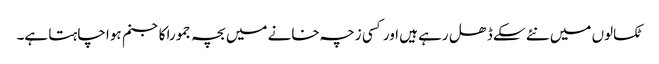
ٹکسالوں میں نئے سکے ڈھل رہے ہیں اور کسی زچہ خانے میں بچہ جمورا کاجنم ہوا چاہتا ہے۔